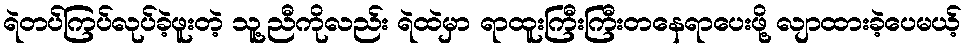
ရဲတပ်ကြပ်လုပ်ခဲ့ဖူးတဲ့ သူ့ညီကိုလည်း ရဲထဲမှာ ရာထူးကြီးကြီးတနေရာပေးဖို့ လျာထားခဲ့ပေမယ့်